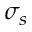
\sigma _ { s }